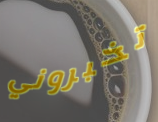
تخبروني